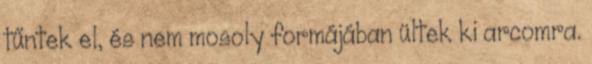
tűntek el, és nem mosoly formájában ültek ki arcomra.